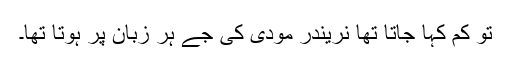
تو کم کہا جاتا تھا نریندر مودی کی جے ہر زبان پر ہوتا تھا۔